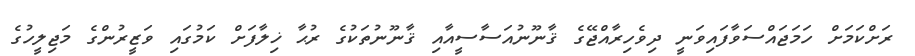
ރަށްކަމަށް ހަމަޖައްސަވާފައިވަނީ ދިވެހިރާއްޖޭގެ ޤާނޫނުއަސާސީއާއި ޤާނޫނުތަކުގެ ރުޙާ ޚިލާފަށް ކަމުގައި ވަޒީރުންގެ މަޖިލީހުގެ